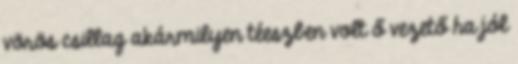
vörös csillag akármilyen téeszben volt ő vezető ha jól